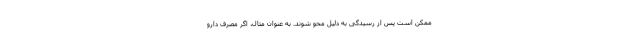
ممکن است پس از رسیدگی به دلیل محو شوند. به عنوان مثال، اگر مصرف دارو